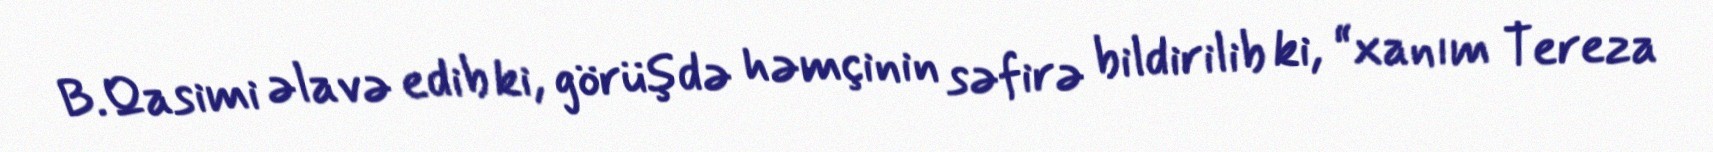
B.Qasimi əlavə edib ki, görüşdə həmçinin səfirə bildirilib ki, “xanım Tereza